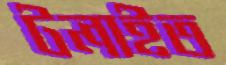
টলাইত